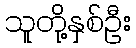
သူတို့နှစ်ဦး